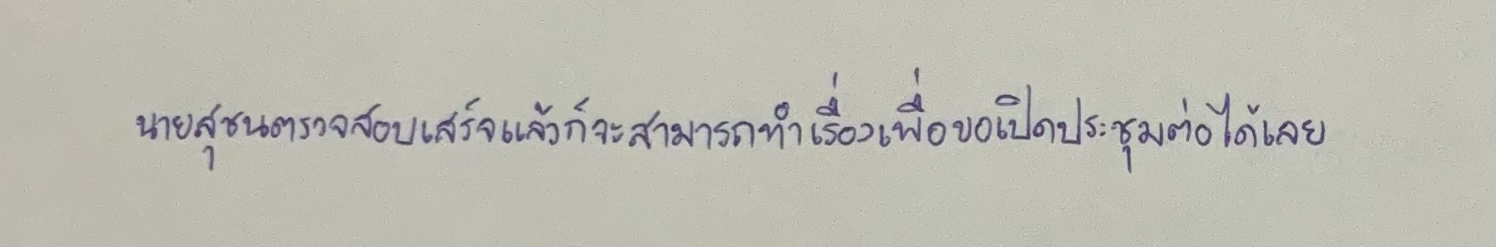
นายสุชนตรวจสอบเสร็จแล้วก็จะสามารถทำเรื่องเพื่อขอเปิดประชุมต่อได้เลย